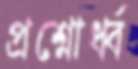
প্রশ্নোর্ধ্ব